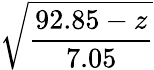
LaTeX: \displaystyle{\sqrt{\frac{92.85-z}{7.05}}}